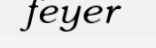
feyer